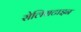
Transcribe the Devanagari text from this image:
सेलिसटाइन